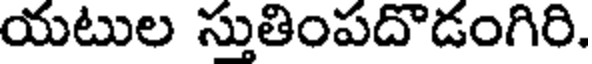
యటుల స్తుతింపదొడంగిరి.